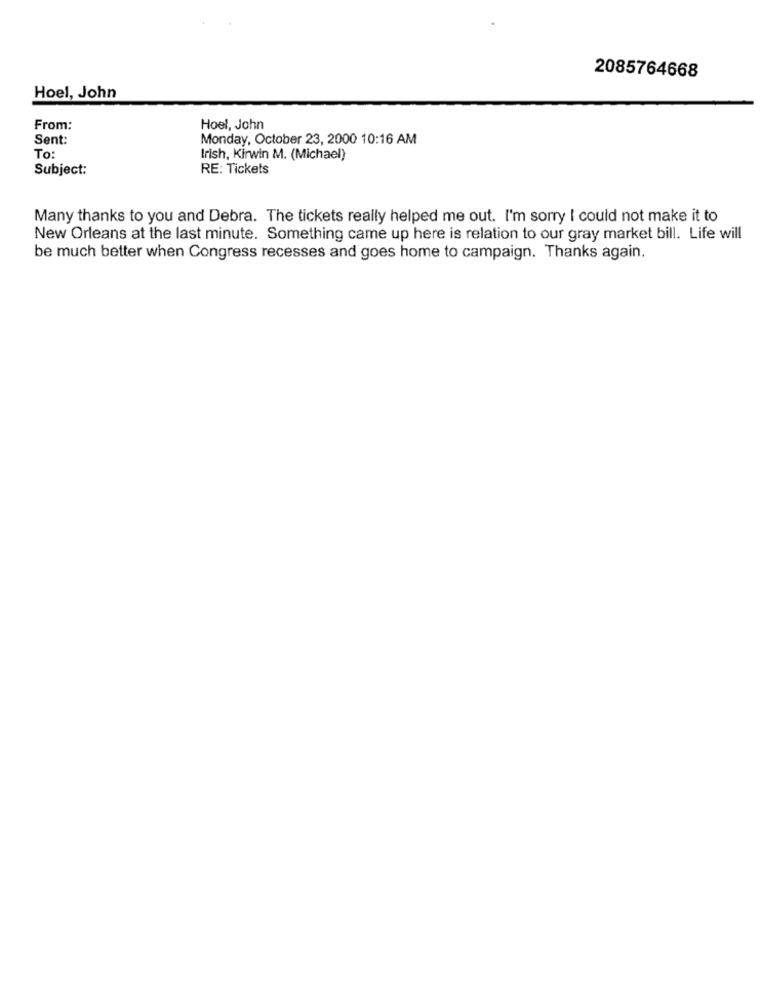
2085764668
Hoel, John
From:
Hoel, John
Sent:
Monday, October 23, 2000 10:16 AM
To:
Irish, Kirwin M. (Michael)
Subject:
RE: Tickets
Many thanks to you and Debra. The tickets really helped me out. I'm sorry I could not make it to
New Orleans at the last minute. Something came up here is relation to our gray market bill. Life will
be much better when Congress recesses and goes home to campaign. Thanks again.